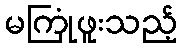
မကြုံဖူးသည့်